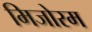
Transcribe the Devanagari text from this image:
मिजोरम